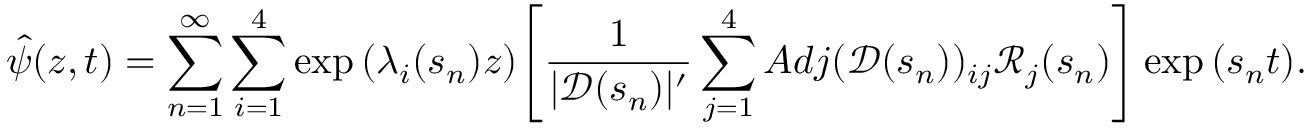
\hat { \psi } ( z , t ) = \sum _ { n = 1 } ^ { \infty } \sum _ { i = 1 } ^ { 4 } \exp { ( \lambda _ { i } ( s _ { n } ) z ) } \Bigg [ \frac { 1 } { | \mathscr { D } ( s _ { n } ) | ^ { \prime } } \sum _ { j = 1 } ^ { 4 } A d j ( \mathscr { D } ( s _ { n } ) ) _ { i j } \mathscr { R } _ { j } ( s _ { n } ) \Bigg ] \exp { ( s _ { n } t ) } .